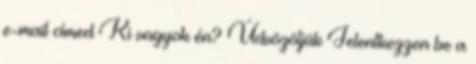
e-mail címed Ki vagyok én? Üdvözöljük Jelentkezzen be a